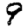
Digit: 9